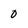
Character: 0